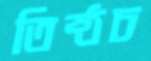
তিষ্ঠচ